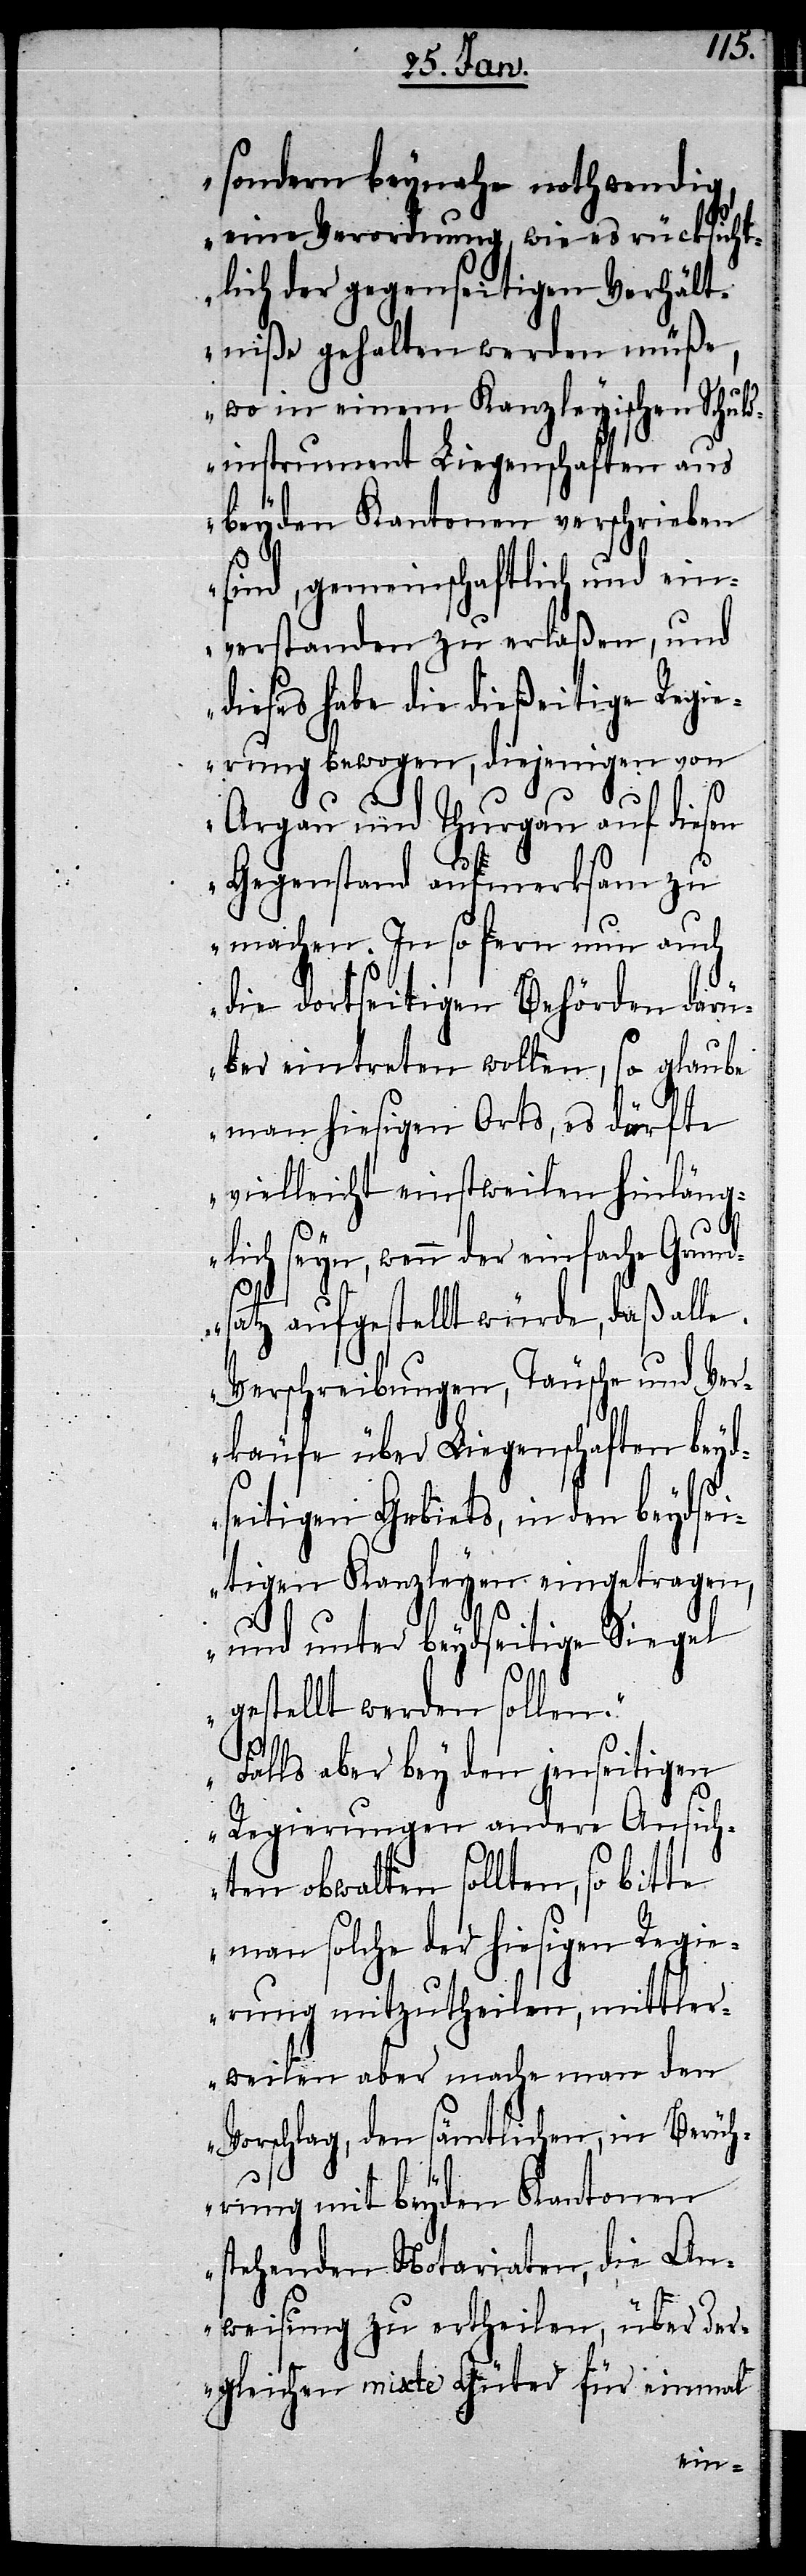
sondern beynahe nothwendig,
eine Verordnung, wie es rücksicht¬
lich der gegenseitigen Verhält¬
niße gehalten werden müße,
wo in einem Kanzleyischen Schul¬
dinstrument Liegenschaften aus
beyden Kantonen verschrieben
sind, gemeinschaftlich und ein¬
verstanden zu erlaßen, und
dieses habe die dießeitige Regie¬
rung bewogen, diejenigen von
Argau und Thurgau auf diesen
Gegenstand aufmerksam zu
machen. In so fern nun auch
die dortseitigen Behörden darü¬
ber eintreten wollen, so glaube
man hiesigen Orts, es dürfte
vielleicht einstweilen hinläng¬
lich seyn, wenn der einfache Grun¬
dsatz aufgestellt würde, daß alle
Verschreibungen, Täusche und Ver¬
käufe über Liegenschaften beyd¬
seitigen Gebiets, in den beydsei¬
tigen Kanzleyen eingetragen,
und unter beydseitige Siegel
gestellt werden sollen.“
„Falls aber bey den jenseitigen
Regierungen andere Ansich¬
ten obwalten sollten, so bitte
man solche der hiesigen Regie¬
rung mitzutheilen, mittler¬
weilen aber mache man den
Vorschlag, den sämtlichen, in Berüh¬
rung mit beyden Kantonen
stehenden Notariaten, die An¬
weisung zu ertheilen, über der¬
gleichen mixte Güter für einmal